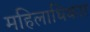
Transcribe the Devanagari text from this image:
महिलाधिकार